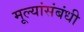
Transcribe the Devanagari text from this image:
मूल्यांसंबंधी